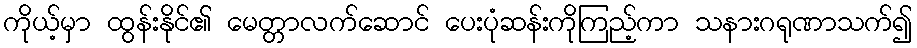
ကိုယ့်မှာ ထွန်းနိုင်၏ မေတ္တာလက်ဆောင် ပေးပုံဆန်းကိုကြည့်ကာ သနားဂရုဏာသက်၍